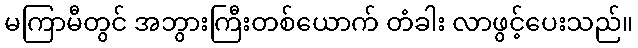
မကြာမီတွင် အဘွားကြီးတစ်ယောက် တံခါး လာဖွင့်ပေးသည်။